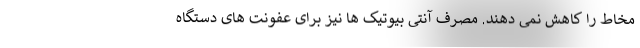
مخاط را کاهش نمی دهند. مصرف آنتی بیوتیک ها نیز برای عفونت های دستگاه